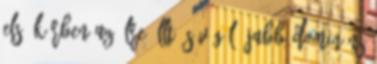
első körben az élre állt, s végül újabb domináns